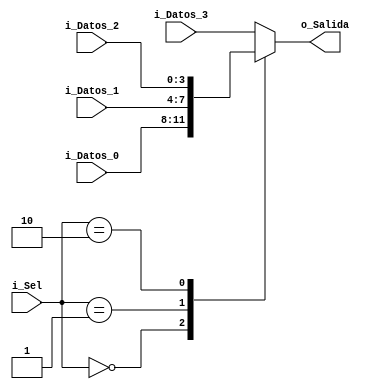

module Multiplexor
    (   input [3:0] i_Datos_0,
        input [3:0] i_Datos_1,
        input [3:0] i_Datos_2,
	    input [3:0] i_Datos_3,
	    input [1:0] i_Sel,
        output reg [3:0] o_Salida);
		
always@(i_Sel,i_Datos_0,i_Datos_1,i_Datos_2,i_Datos_3) begin
		case (i_Sel)
			2'b00: o_Salida <= i_Datos_0;
			2'b01: o_Salida <= i_Datos_1;
			2'b10: o_Salida <= i_Datos_2;
			default : o_Salida <= i_Datos_3;
		endcase 
     	end 
    
endmodule